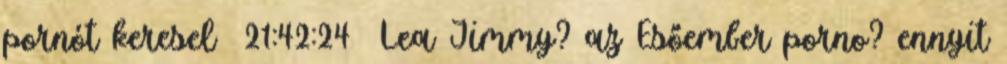
pornót keresel 21:42:24 Lea Jimmy? az Esőember porno? ennyit